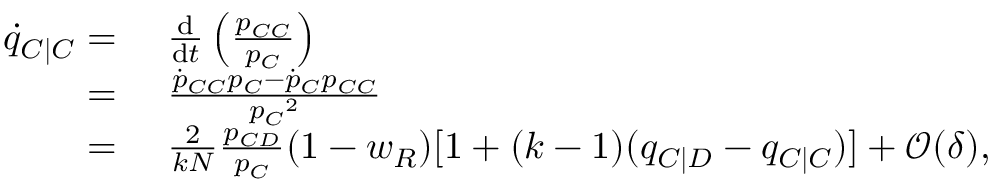
\begin{array} { r l } { \dot { q } _ { C | C } = } & { ~ \frac { \mathrm { d } } { \mathrm { d } t } \left( \frac { p _ { C C } } { p _ { C } } \right) } \\ { = } & { ~ \frac { \dot { p } _ { C C } p _ { C } - \dot { p } _ { C } p _ { C C } } { { p _ { C } } ^ { 2 } } } \\ { = } & { ~ \frac { 2 } { k N } \frac { p _ { C D } } { p _ { C } } ( 1 - w _ { R } ) [ 1 + ( k - 1 ) ( q _ { C | D } - q _ { C | C } ) ] + \mathcal { O } ( \delta ) , } \end{array}